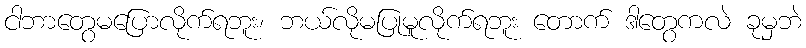
ငါဘာတွေမပြောလိုက်ရဘူး၊ ဘယ်လိုမပြုမူလိုက်ရဘူး တောက် ဒါတွေကလဲ ခုမှဘဲ